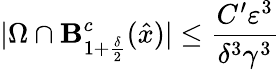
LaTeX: |\Omega\cap\mathbf{B}_{1+\frac{{\delta}}{{2}}}^{c}(\hat{{x}})|\leq\frac{{C^{\prime}\varepsilon^{3}}}{{\delta^{3}\gamma^{3}}}